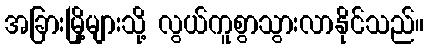
အခြားမြို့များသို့ လွယ်ကူစွာသွားလာနိုင်သည်။